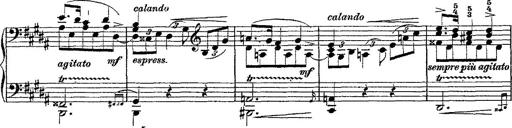
Title: Fantaisie romantique sur deux mÃ©lodies suisses
Composer: Franz Liszt